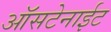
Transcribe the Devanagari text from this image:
ऑसटेनाईट